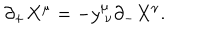
\partial _ { + } X ^ { \mu } = - y _ { ~ \nu } ^ { \mu } \partial _ { - } X ^ { \nu } .